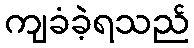
ကျခံခဲ့ရသည်